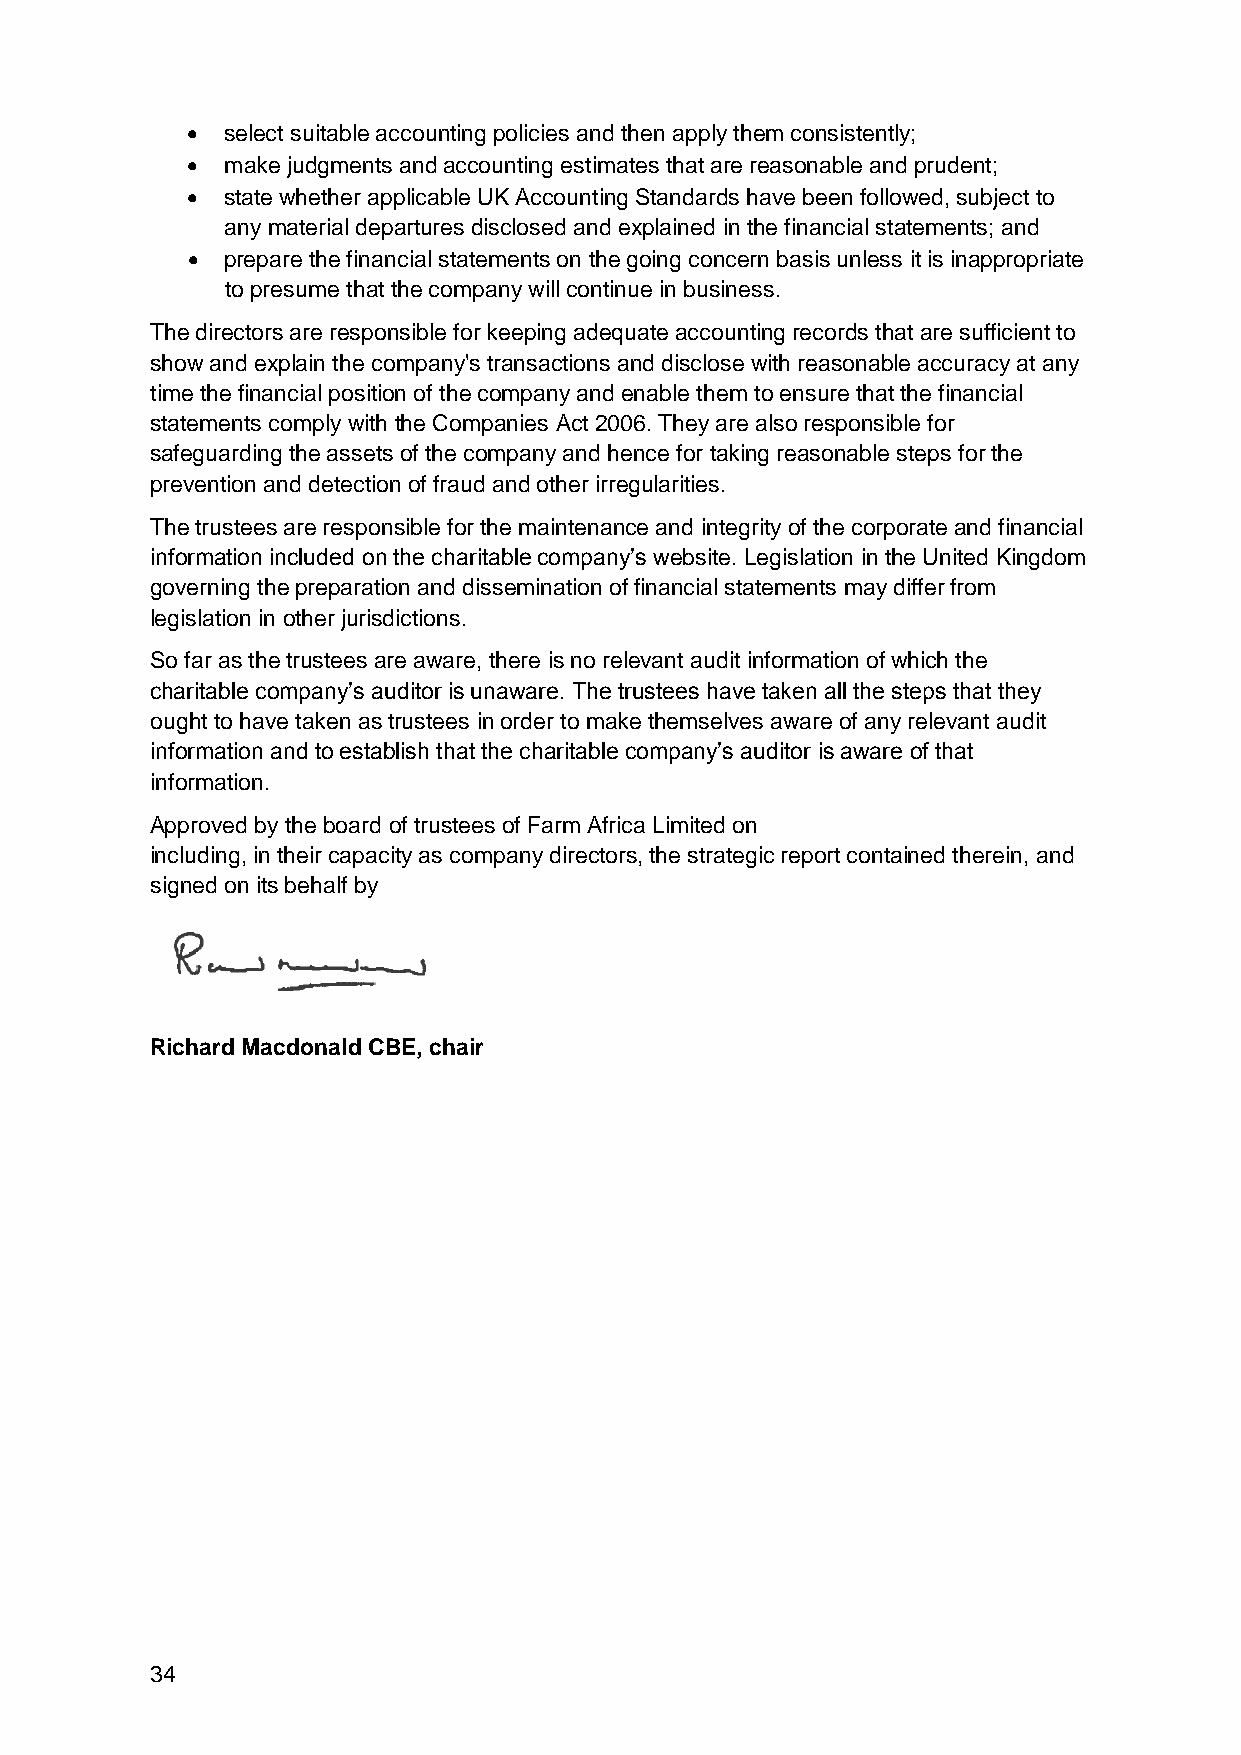
  select suitable accounting policies and then apply them consistently;
   make judgments and accounting estimates that are reasonable and prudent;
   state whether applicable UK Accounting Standards have been followed, subject to
 any material departures disclosed and explained in the financial statements; and
   prepare the financial statements on the going concern basis unless it is inappropriate
 to presume that the company will continue in business.
 The directors are responsible for keeping adequate accounting records that are sufficient to
 show and explain the company's transactions and disclose with reasonable accuracy at any
 time the financial position of the company and enable them to ensure that the financial
 statements comply with the Companies Act 2006. They are also responsible for
 safeguarding the assets of the company and hence for taking reasonable steps for the
 prevention and detection of fraud and other irregularities.
 The trustees are responsible for the maintenance and integrity of the corporate and financial
 information included on the charitable company’s website. Legislation in the United Kingdom
 governing the preparation and dissemination of financial statements may differ from
 legislation in other jurisdictions.
 So far as the trustees are aware, there is no relevant audit information of which the
 charitable company’s auditor is unaware. The trustees have taken all the steps that they
 ought to have taken as trustees in order to make themselves aware of any relevant audit
 information and to establish that the charitable company’s auditor is aware of that
 information.
 Approved by the board of trustees of Farm Africa Limited on
 including, in their capacity as company directors, the strategic report contained therein, and
 signed on its behalf by
 Richard Macdonald CBE, chair
 34